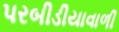
પરબીડીયાવાળી